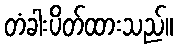
တံခါးပိတ်ထားသည်။